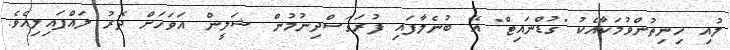
ލުއި ހިނިތުންވުމަކާއެކު "ގުޑްނައިޓް" އޭ ބުނެލާފައި ފުރަގަސްދިނުމުން ޝަލީން އަވަހަށް ދޮރު ލައްޕައިލިއެވެ.